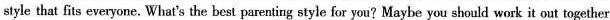
style that fits everyone. What's the best parenting style for you? Maybe you should work it out together